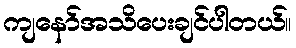
ကျနော်အသိပေးချင်ပါတယ်။